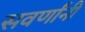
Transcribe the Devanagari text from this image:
सवर्णांनी